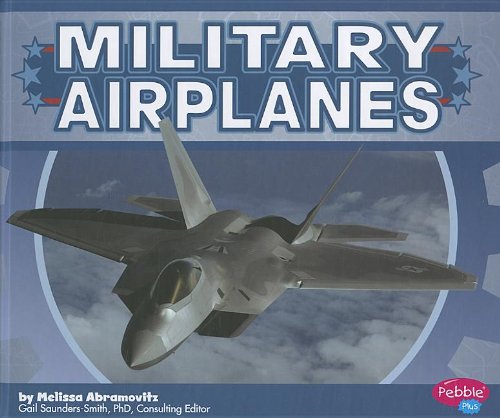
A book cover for Military Airplanes (Military Machines); Melissa Abramovitz; Children's Books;